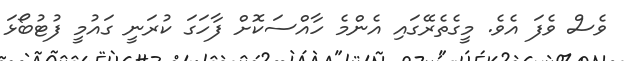
ވެސް ވެފަ އެވެ. މީގެތެރޭގައި އެންމެ ހާއްސަކޮށް ފާހަގަ ކުރަނީ ގައުމީ ފުޓުބޯޅަ